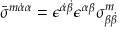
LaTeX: \bar { \sigma } ^ { m \dot { \alpha } \alpha } = \epsilon ^ { \dot { \alpha } \dot { \beta } } \epsilon ^ { \alpha \beta } \sigma _ { \beta \dot { \beta } } ^ { m } \mathrm { ~ }